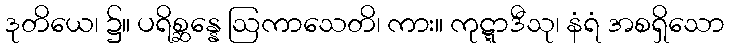
ဒုတိယေ၊ ၌။ ပရိစ္ဆန္နေ ဩကာသေတိ၊ ကား။ ကုဋ္ဋာဒီသု၊ နံရံ အစရှိသော